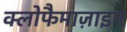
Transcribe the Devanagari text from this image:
क्लोफैमाज़ाइन